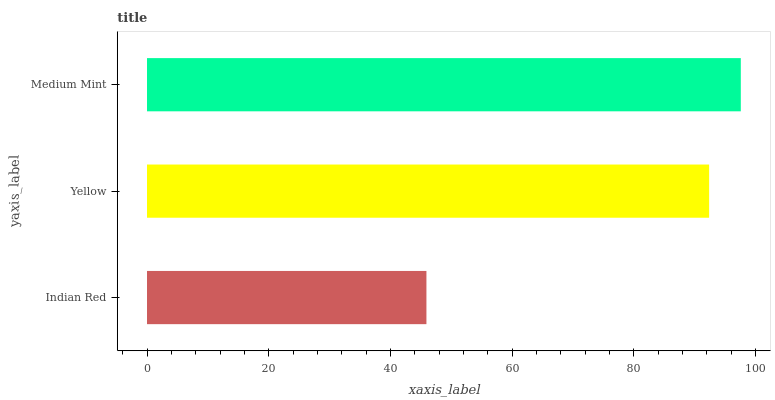
| yaxis_label | bars |
 | --- | --- |
 | Indian Red | 45.9 |
 | Yellow | 92.4 |
 | Medium Mint | 97.6 |